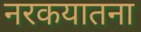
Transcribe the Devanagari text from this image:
नरकयातना